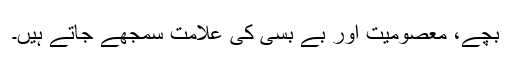
بچے، معصومیت اور بے بسی کی علامت سمجھے جاتے ہیں۔